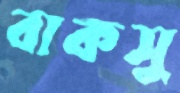
বাকসু